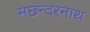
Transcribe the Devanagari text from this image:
मछन्दरनाथ